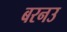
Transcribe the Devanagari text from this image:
बरनउ